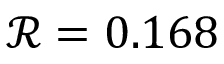
\mathcal { R } = 0 . 1 6 8